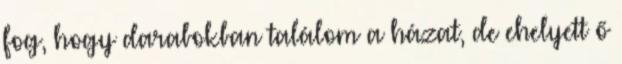
fog, hogy darabokban találom a házat, de ehelyett ő